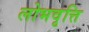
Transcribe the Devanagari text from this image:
लोभवृत्ति